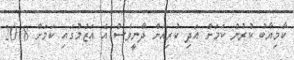
ކާމިޔާބު ކުރުން ކަމަށް އަދި ކުރިއަށް ދާނީވެސް އެ އަޒުމުގައި ކަމަށް 2018